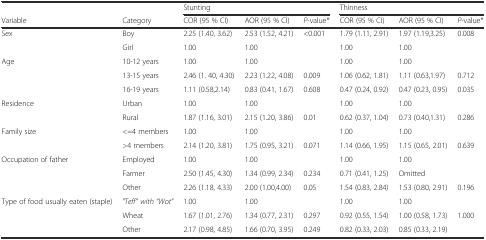
<table><thead><tr><td></td><td></td><td colspan="3"><b>Stunting</b></td><td colspan="3"><b>Thinness</b></td></tr><tr><td><b>Variable</b></td><td><b>Category</b></td><td><b>COR (95 % CI)</b></td><td><b>AOR (95 % CI)</b></td><td><b><i>P</i>-value*</b></td><td><b>COR (95 % CI)</b></td><td><b>AOR (95 % CI)</b></td><td><b><i>P</i>-value*</b></td></tr></thead><tbody><tr><td>Sex</td><td>Boy</td><td>2.25 (1.40, 3.62)</td><td>2.53 (1.52, 4.21)</td><td>&lt;0.001</td><td>1.79 (1.11, 2.91)</td><td>1.97 (1.19,3.25)</td><td>0.008</td></tr><tr><td></td><td>Girl</td><td>1.00</td><td>1.00</td><td></td><td>1.00</td><td>1.00</td><td></td></tr><tr><td>Age</td><td>10-12 years</td><td>1.00</td><td>1.00</td><td></td><td>1.00</td><td>1.00</td><td></td></tr><tr><td></td><td>13-15 years</td><td>2.46 (1. 40, 4.30)</td><td>2.23 (1.22, 4.08)</td><td>0.009</td><td>1.06 (0.62, 1.81)</td><td>1.11 (0.63,1.97)</td><td>0.712</td></tr><tr><td></td><td>16-19 years</td><td>1.11 (0.58,2.14)</td><td>0.83 (0.41, 1.67)</td><td>0.608</td><td>0.47 (0.24, 0.92)</td><td>0.47 (0.23, 0.95)</td><td>0.035</td></tr><tr><td>Residence</td><td>Urban</td><td>1.00</td><td>1.00</td><td></td><td>1.00</td><td>1.00</td><td></td></tr><tr><td></td><td>Rural</td><td>1.87 (1.16, 3.01)</td><td>2.15 (1.20, 3.86)</td><td>0.01</td><td>0.62 (0.37, 1.04)</td><td>0.73 (0.40,1.31)</td><td>0.286</td></tr><tr><td>Family size</td><td>&lt;=4 members</td><td>1.00</td><td>1.00</td><td></td><td>1.00</td><td>1.00</td><td></td></tr><tr><td></td><td>&gt;4 members</td><td>2.14 (1.20, 3.81)</td><td>1.75 (0.95, 3.21)</td><td>0.071</td><td>1.14 (0.66, 1.95)</td><td>1.15 (0.65, 2.01)</td><td>0.639</td></tr><tr><td>Occupation of father</td><td>Employed</td><td>1.00</td><td>1.00</td><td></td><td>1.00</td><td>1.00</td><td></td></tr><tr><td></td><td>Farmer</td><td>2.50 (1.45, 4.30)</td><td>1.34 (0.99, 2.34)</td><td>0.234</td><td>0.71 (0.41, 1.25)</td><td>Omitted</td><td></td></tr><tr><td></td><td>Other</td><td>2.26 (1.18, 4.33)</td><td>2.00 (1.00,4.00)</td><td>0.05</td><td>1.54 (0.83, 2.84)</td><td>1.53 (0.80, 2.91)</td><td>0.196</td></tr><tr><td>Type of food usually eaten (staple)</td><td><i>&quot;Teff&quot; with “Wot”</i></td><td>1.00</td><td>1.00</td><td></td><td>1.00</td><td>1.00</td><td></td></tr><tr><td></td><td>Wheat</td><td>1.67 (1.01, 2.76)</td><td>1.34 (0.77, 2.31)</td><td>0.297</td><td>0.92 (0.55, 1.54)</td><td>1.00 (0.58, 1.73)</td><td>1.000</td></tr><tr><td></td><td>Other</td><td>2.17 (0.98, 4.85)</td><td>1.66 (0.70, 3.95)</td><td>0.249</td><td>0.82 (0.33, 2.03)</td><td>0.85 (0.33, 2.19)</td><td></td></tr></tbody></table>